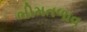
ભીમતળાવ